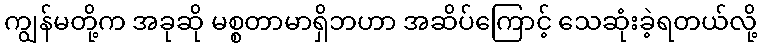
ကျွန်မတို့က အခုဆို မစ္စတာမာရှိဘဟာ အဆိပ်ကြောင့် သေဆုံးခဲ့ရတယ်လို့